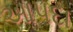
આપદા